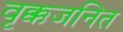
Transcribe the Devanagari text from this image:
वृक्कजनित